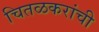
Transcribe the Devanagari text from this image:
चितळकरांची